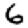
Digit: 6